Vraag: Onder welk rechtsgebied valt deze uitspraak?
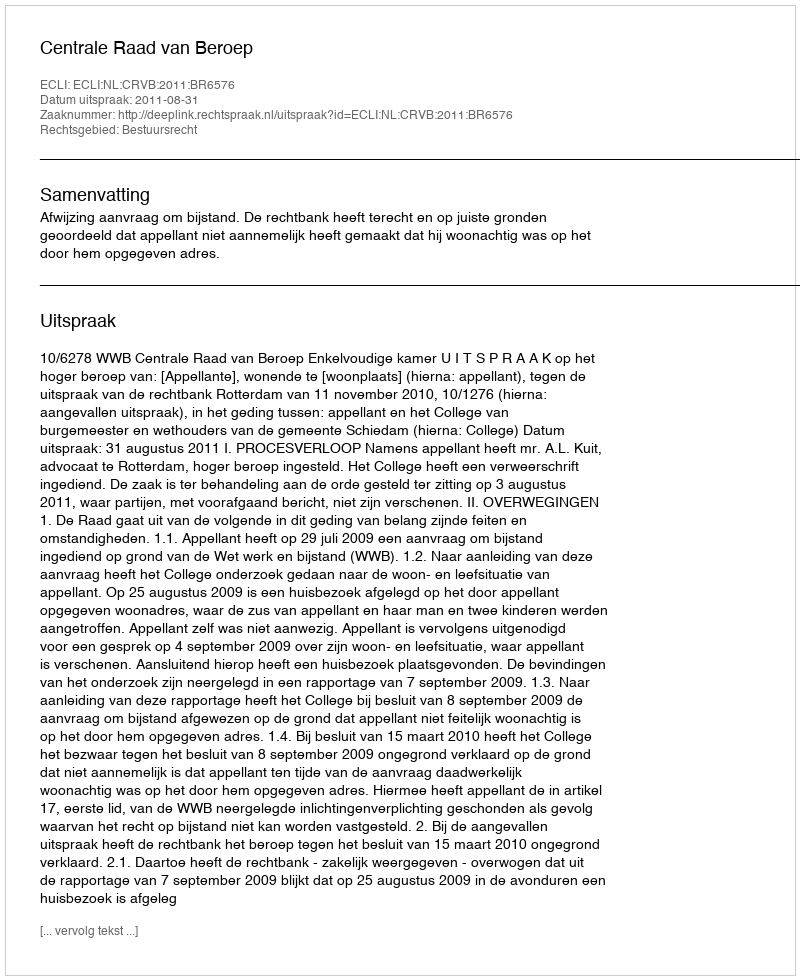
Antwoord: Bestuursrecht